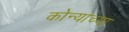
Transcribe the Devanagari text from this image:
कोन्याच्या